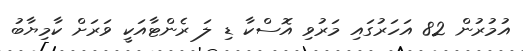
އުމުރުން 82 އަހަރުގައި މަރުވި އޮސްކާ ޑި ލަ ރެންޓާއަކީ ވަރަށް ކާމިޔާބު